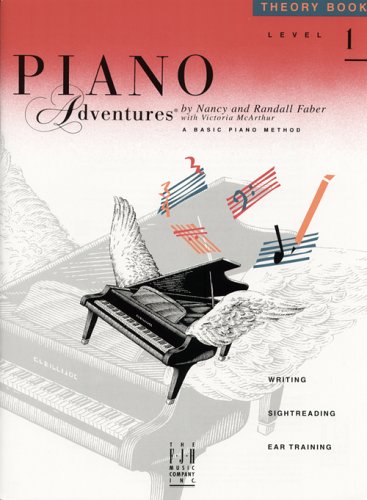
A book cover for Piano Adventures: Theory Book Level 1 (Piano Adventures Library); Nancy Faber; Children's Books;